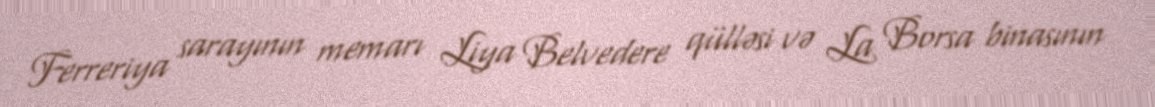
Ferreriya sarayının memarı Liya Belvedere qülləsi və La Borsa binasının